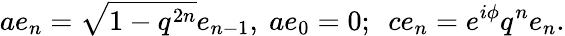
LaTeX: ae_{n}=\sqrt{1-q^{2n}}e_{n-1},~ae_{0}=0;~~ce_{n}=e^{i\phi}q^{n}e_{n}.